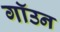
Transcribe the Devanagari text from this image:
गॉउन